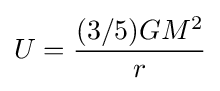
U={\frac {(3/5)GM^{2}}{r}}